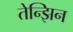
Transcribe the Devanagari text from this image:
तेन्झिन